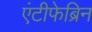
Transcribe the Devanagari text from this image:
एंटीफेब्रिन